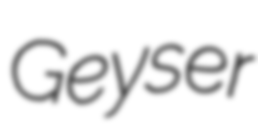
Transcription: Geyser